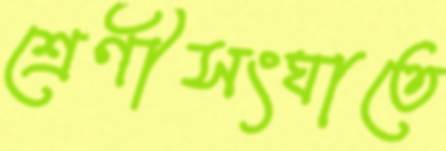
শ্রেণীসংঘাতে